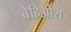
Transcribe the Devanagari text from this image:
बेहिओश